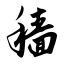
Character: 穑